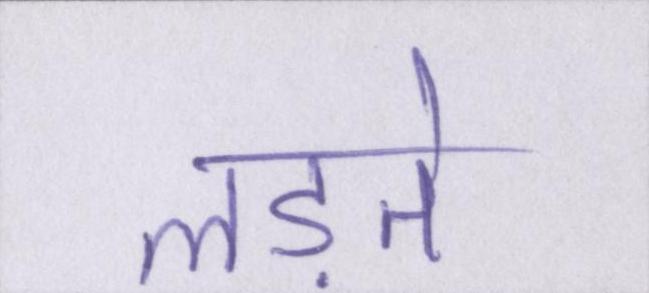
लड़ते